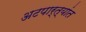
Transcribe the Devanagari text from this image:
अटपार्त्यांत